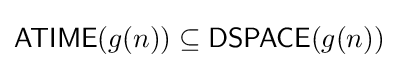
{\mathsf {ATIME}}(g(n))\subseteq {\mathsf {DSPACE}}(g(n))